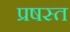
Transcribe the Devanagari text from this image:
प्रषस्त